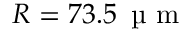
R = 7 3 . 5 \, \mathrm { ~ \textmu ~ m ~ }